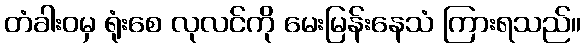
တံခါးဝမှ ရုံးစေ လုလင်ကို မေးမြန်းနေသံ ကြားရသည်။